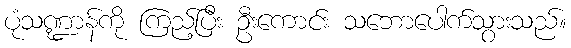
ပုံသဏ္ဍာန်ကို ကြည့်ပြီး ဦးကောင်း သဘောပေါက်သွားသည်။